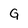
Character: G